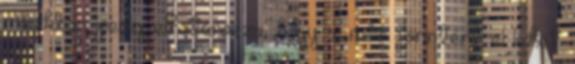
másikban pedig elhatározza, hogy x millió forintért el lehet